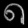
Digit: ၈